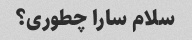
سلام سارا چطوری؟